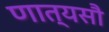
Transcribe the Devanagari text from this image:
णात्यसौ